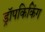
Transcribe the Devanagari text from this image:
ड्रॉपकिकिंग